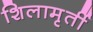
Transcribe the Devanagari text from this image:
शिलामृर्ती